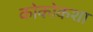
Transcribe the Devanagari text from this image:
कोकोकशा